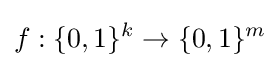
f:\{0,1\}^{k}\to \{0,1\}^{m}